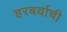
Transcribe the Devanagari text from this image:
हरबर्याची